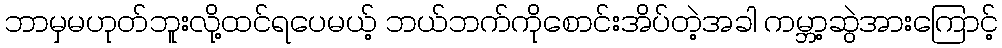
ဘာမှမဟုတ်ဘူးလို့ထင်ရပေမယ့် ဘယ်ဘက်ကိုစောင်းအိပ်တဲ့အခါ ကမ္ဘာ့ဆွဲအားကြောင့်